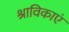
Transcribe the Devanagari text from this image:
श्राविकाएं